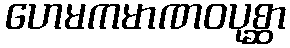
ဟေမကမာဏဝပုစ္ဆာ